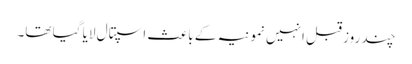
چند روز قبل انہیں نمونیہ کے باعث اسپتال لایا گیا تھا۔